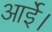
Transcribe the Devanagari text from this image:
आईे।